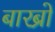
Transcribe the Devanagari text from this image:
बारब्रो